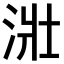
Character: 𣴣